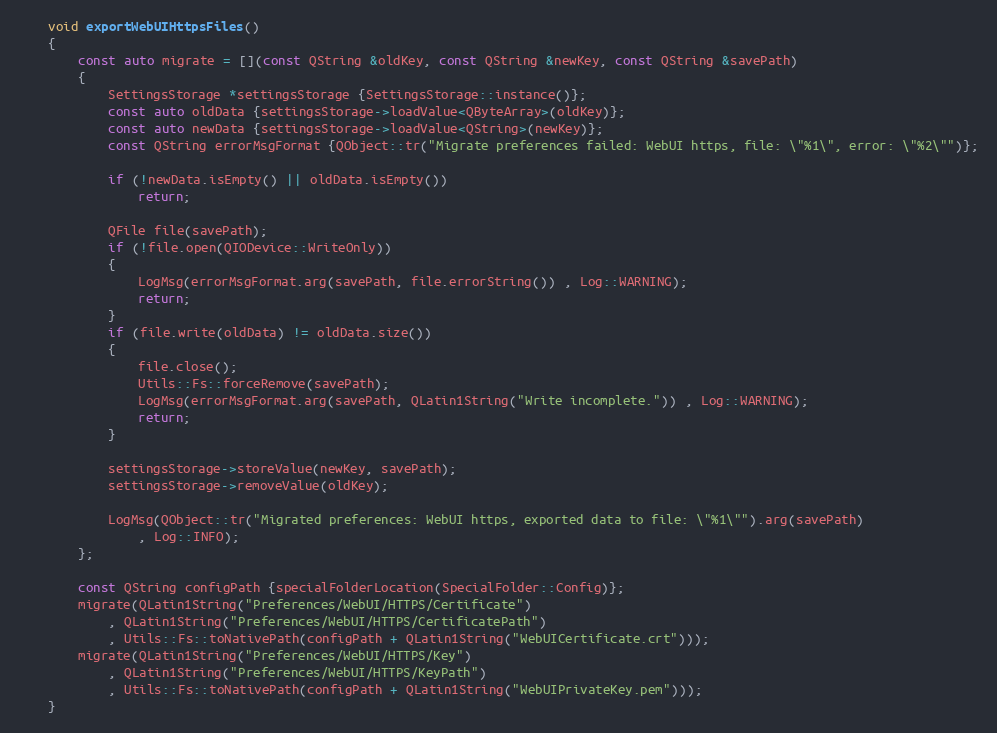
Language: C++
    void exportWebUIHttpsFiles()
    {
        const auto migrate = [](const QString &oldKey, const QString &newKey, const QString &savePath)
        {
            SettingsStorage *settingsStorage {SettingsStorage::instance()};
            const auto oldData {settingsStorage->loadValue<QByteArray>(oldKey)};
            const auto newData {settingsStorage->loadValue<QString>(newKey)};
            const QString errorMsgFormat {QObject::tr("Migrate preferences failed: WebUI https, file: \"%1\", error: \"%2\"")};

            if (!newData.isEmpty() || oldData.isEmpty())
                return;

            QFile file(savePath);
            if (!file.open(QIODevice::WriteOnly))
            {
                LogMsg(errorMsgFormat.arg(savePath, file.errorString()) , Log::WARNING);
                return;
            }
            if (file.write(oldData) != oldData.size())
            {
                file.close();
                Utils::Fs::forceRemove(savePath);
                LogMsg(errorMsgFormat.arg(savePath, QLatin1String("Write incomplete.")) , Log::WARNING);
                return;
            }

            settingsStorage->storeValue(newKey, savePath);
            settingsStorage->removeValue(oldKey);

            LogMsg(QObject::tr("Migrated preferences: WebUI https, exported data to file: \"%1\"").arg(savePath)
                , Log::INFO);
        };

        const QString configPath {specialFolderLocation(SpecialFolder::Config)};
        migrate(QLatin1String("Preferences/WebUI/HTTPS/Certificate")
            , QLatin1String("Preferences/WebUI/HTTPS/CertificatePath")
            , Utils::Fs::toNativePath(configPath + QLatin1String("WebUICertificate.crt")));
        migrate(QLatin1String("Preferences/WebUI/HTTPS/Key")
            , QLatin1String("Preferences/WebUI/HTTPS/KeyPath")
            , Utils::Fs::toNativePath(configPath + QLatin1String("WebUIPrivateKey.pem")));
    }